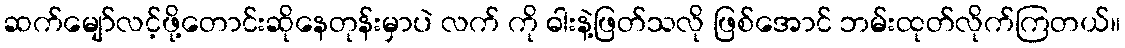
ဆက်မျော်လင့်ဖို့တောင်းဆိုနေတုန်းမှာပဲ လက် ကို ဓါးနဲ့ဖြတ်သလို ဖြစ်အောင် ဘမ်းထုတ်လိုက်ကြတယ်။